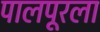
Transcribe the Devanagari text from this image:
पालपूरला